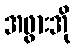
အဖွားအို